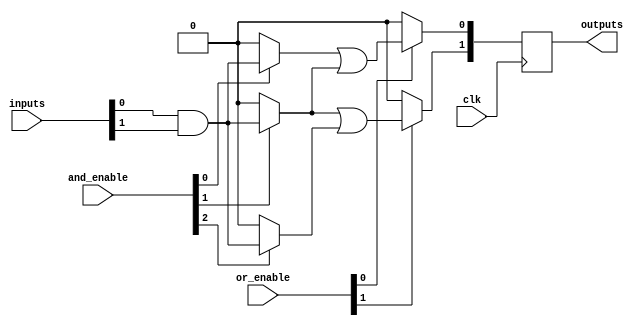
module RPAL #(
    parameter NUM_INPUTS = 8,  // Number of input lines
    parameter NUM_AND_GATES = 4, // Number of programmable AND gates
    parameter NUM_OR_GATES = 2   // Number of programmable OR gates
)(
    input  wire [NUM_INPUTS-1:0] inputs,           // Input lines
    input  wire [NUM_AND_GATES-1:0] and_enable,    // Control signals for AND gates
    input  wire [NUM_OR_GATES-1:0] or_enable,      // Control signals for OR gates
    input  wire clk,                                 // Clock input
    output reg [NUM_OR_GATES-1:0] outputs          // Registered output lines
);

// Internal signals
wire [NUM_AND_GATES-1:0] and_outputs;              // Outputs from AND gates
wire [NUM_OR_GATES-1:0] or_outputs;                // Outputs from OR gates

// Programmable AND array
genvar i, j;
generate
    for (i = 0; i < NUM_AND_GATES; i = i + 1) begin : and_array
        assign and_outputs[i] = (and_enable[i]) ? (inputs[0] & inputs[1]) : 1'b0; // Example logic
    end
endgenerate

// Programmable OR array
generate
    for (j = 0; j < NUM_OR_GATES; j = j + 1) begin : or_array
        assign or_outputs[j] = (or_enable[j]) ? (and_outputs[j] | and_outputs[j+1]) : 1'b0; // Example logic
    end
endgenerate

// Registered outputs
always @(posedge clk) begin
    outputs <= or_outputs; // Register the OR outputs
end

endmodule